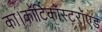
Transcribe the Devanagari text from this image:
का।कॉर्टिकॉस्टरॉएड